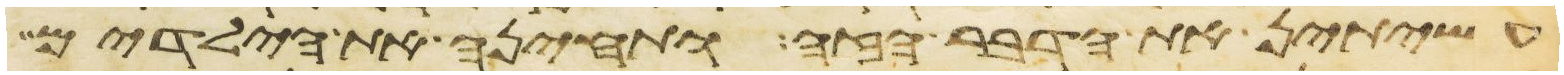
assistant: עשיתן את הדבר הזה ותחינה את הילדים